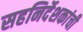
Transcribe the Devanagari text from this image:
सहनिर्देशकांची